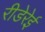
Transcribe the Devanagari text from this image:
रीडेरेई